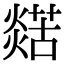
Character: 𤐞